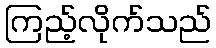
ကြည့်လိုက်သည်